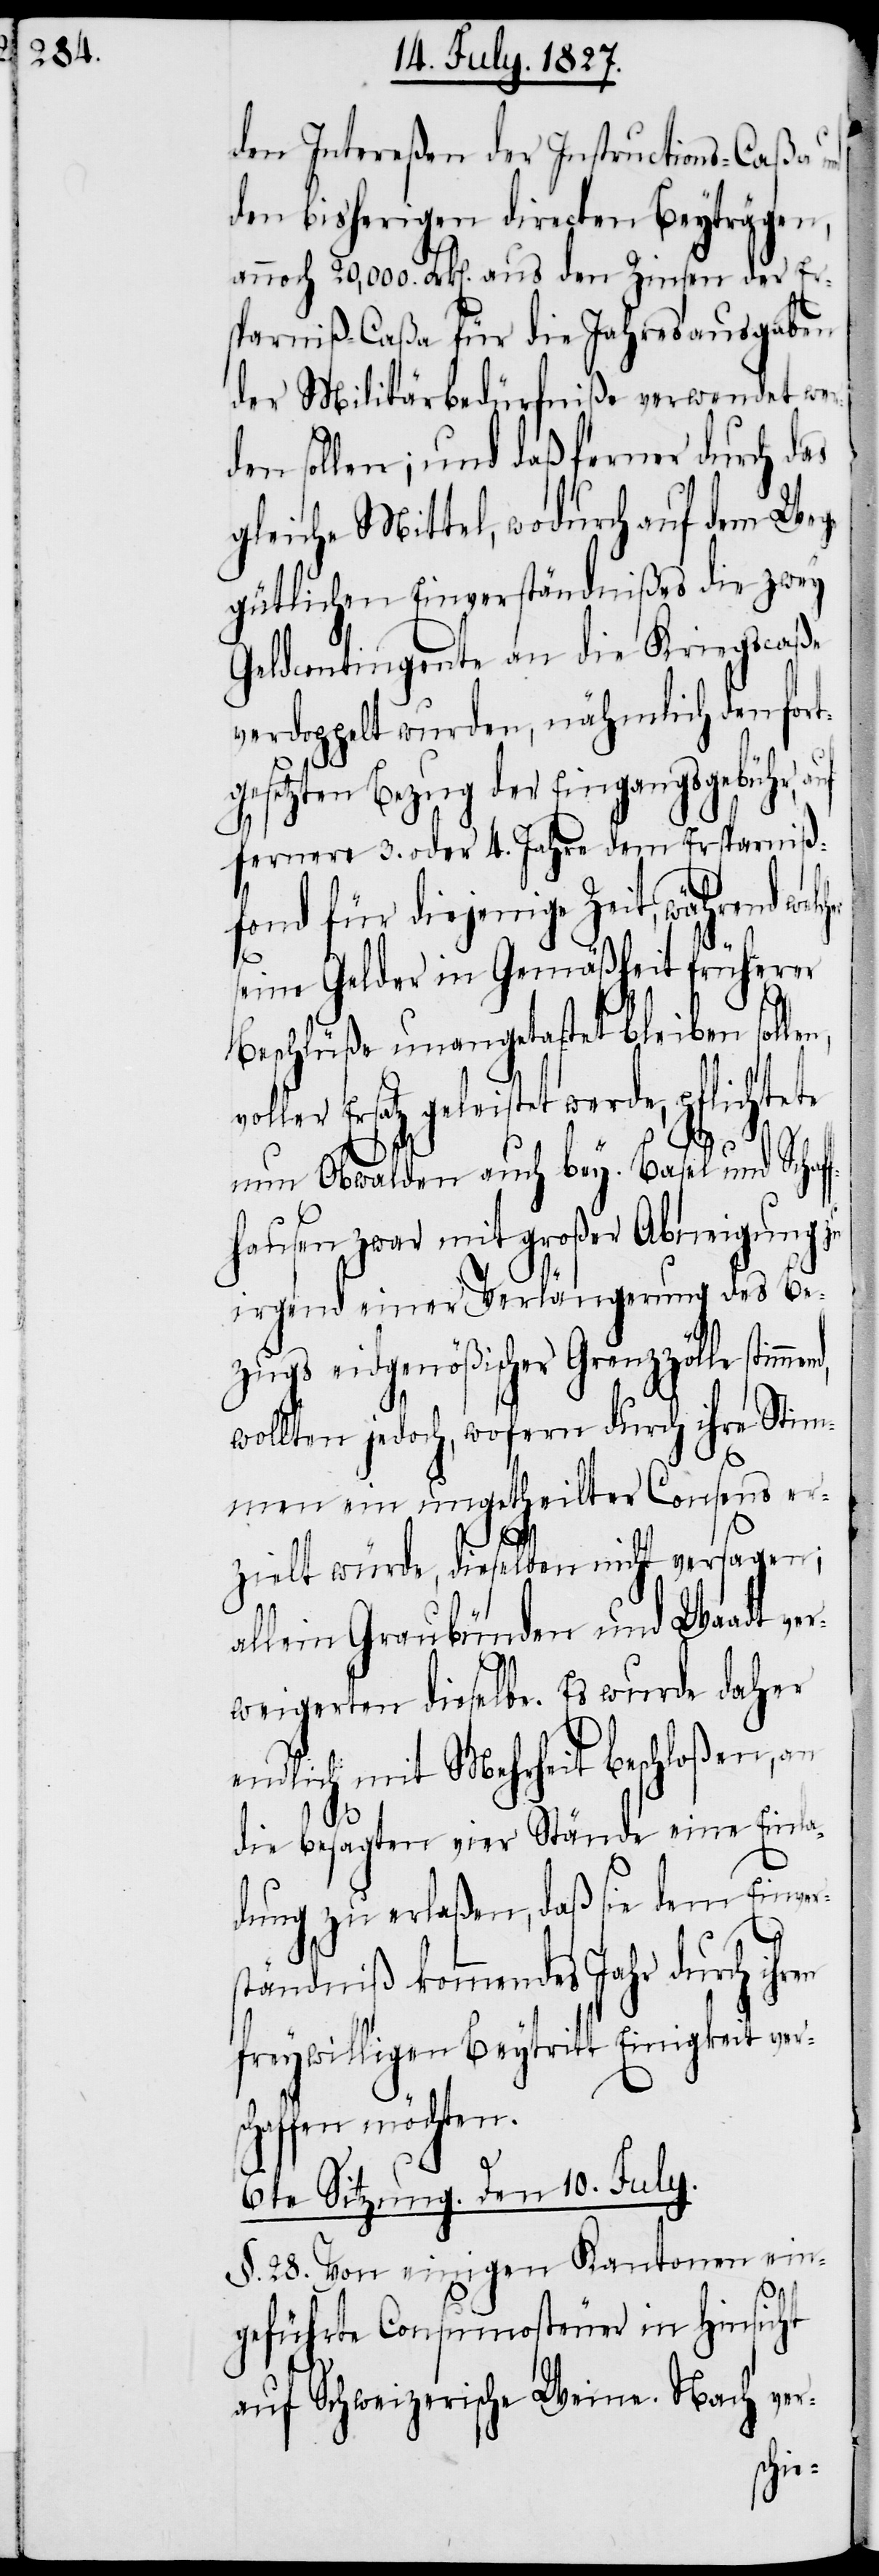
den Intereßen der Instructions-Caßa
den bisherigen directen Beyträgen,
annoch 20,000. Frk[en]. aus den Zinsen der Er¬
sparniß-Caßa für die Jahresausgaben
der Militärbedürfniße verwendet we¬
den sollen; und daß ferner durch d¬
gleiche Mittel, wodurch auf dem Wege
gütlichen Einverständnißes die zwey
Geldcontingente an die Kriegscaße
verdoppelt wurden, nämlich den fort¬
gesetzten Bezug der Einzugsgebühr,
fernere 3. oder 4. Jahre dem Ersparniß¬
fond für diejenige Zeit, während wel¬
urch
seine Gelder in Gemäßheit früherer
Beschlüße unangetastet bleiben soll¬
oller Ersatz geleistet werde, pflichtete
nun Obwalden auch bey. Basel und
igung
fhausen zwar mit großer Ab¬
irgend einer Verlänger¬
zugs eidgenößischer Grenz¬
e eine
wollten jedoch, wofern d¬
men ein ungetheilter Co¬
ver¬
zielt würde, dieselben nicht
lein Graubünden und Wa¬
la¬
weigerten dieselbe. Es wur¬
endlich mit Mehrheit
an
die besagten vier Ständ¬
dung zu erlaßen, daß sie dem Einver¬
ständniß kommendes Jahr durch ihren
freywilligen Beytritt Einigkeit ver¬
schaffen möchten.
6te Sitzung. Den 10. July.
§. 28. Von einigen Kantonen ein¬
geführte Consumosteuer in Hinsicht
auf Schweizerische Weine. Nach ver-
Ein¬